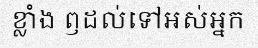
ខ្លាំង ឭដល់ទៅអស់អ្នក